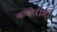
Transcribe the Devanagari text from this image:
कण्हेरीशी